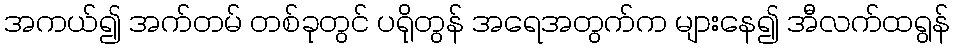
အကယ်၍ အက်တမ် တစ်ခုတွင် ပရိုတွန် အရေအတွက်က များနေ၍ အီလက်ထရွန်